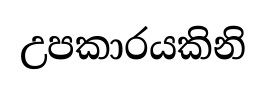
උපකාරයකිනි